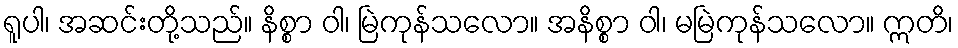
ရူပါ၊ အဆင်းတို့သည်။ နိစ္စာ ဝါ၊ မြဲကုန်သလော။ အနိစ္စာ ဝါ၊ မမြဲကုန်သလော။ ဣတိ၊